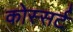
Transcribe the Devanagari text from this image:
कोस्सर्ट